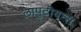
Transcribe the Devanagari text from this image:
लापुटीयन्स